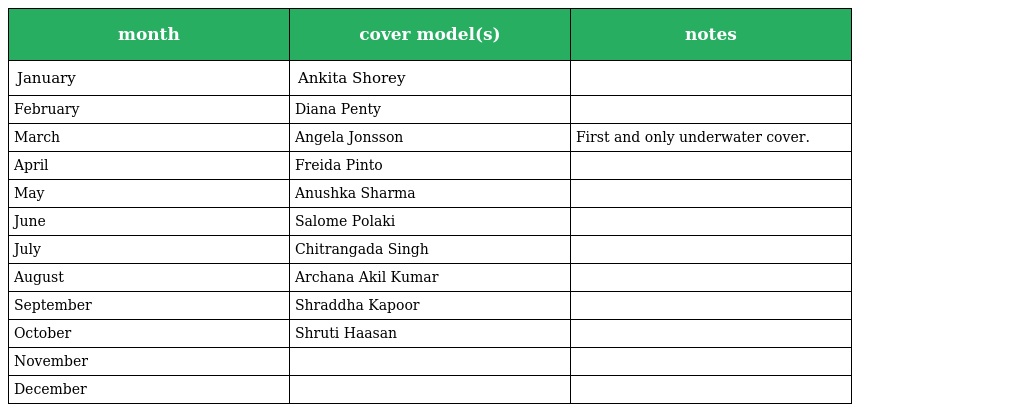
| month | cover model(s) | notes |
 | --- | --- | --- |
 | January | Ankita Shorey |  |
 | February | Diana Penty |  |
 | March | Angela Jonsson | First and only underwater cover. |
 | April | Freida Pinto |  |
 | May | Anushka Sharma |  |
 | June | Salome Polaki |  |
 | July | Chitrangada Singh |  |
 | August | Archana Akil Kumar |  |
 | September | Shraddha Kapoor |  |
 | October | Shruti Haasan |  |
 | November |  |  |
 | December |  |  |